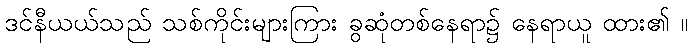
ဒင်နီယယ်သည် သစ်ကိုင်းများကြား ခွဆုံတစ်နေရာ၌ နေရာယူ ထား၏ ။